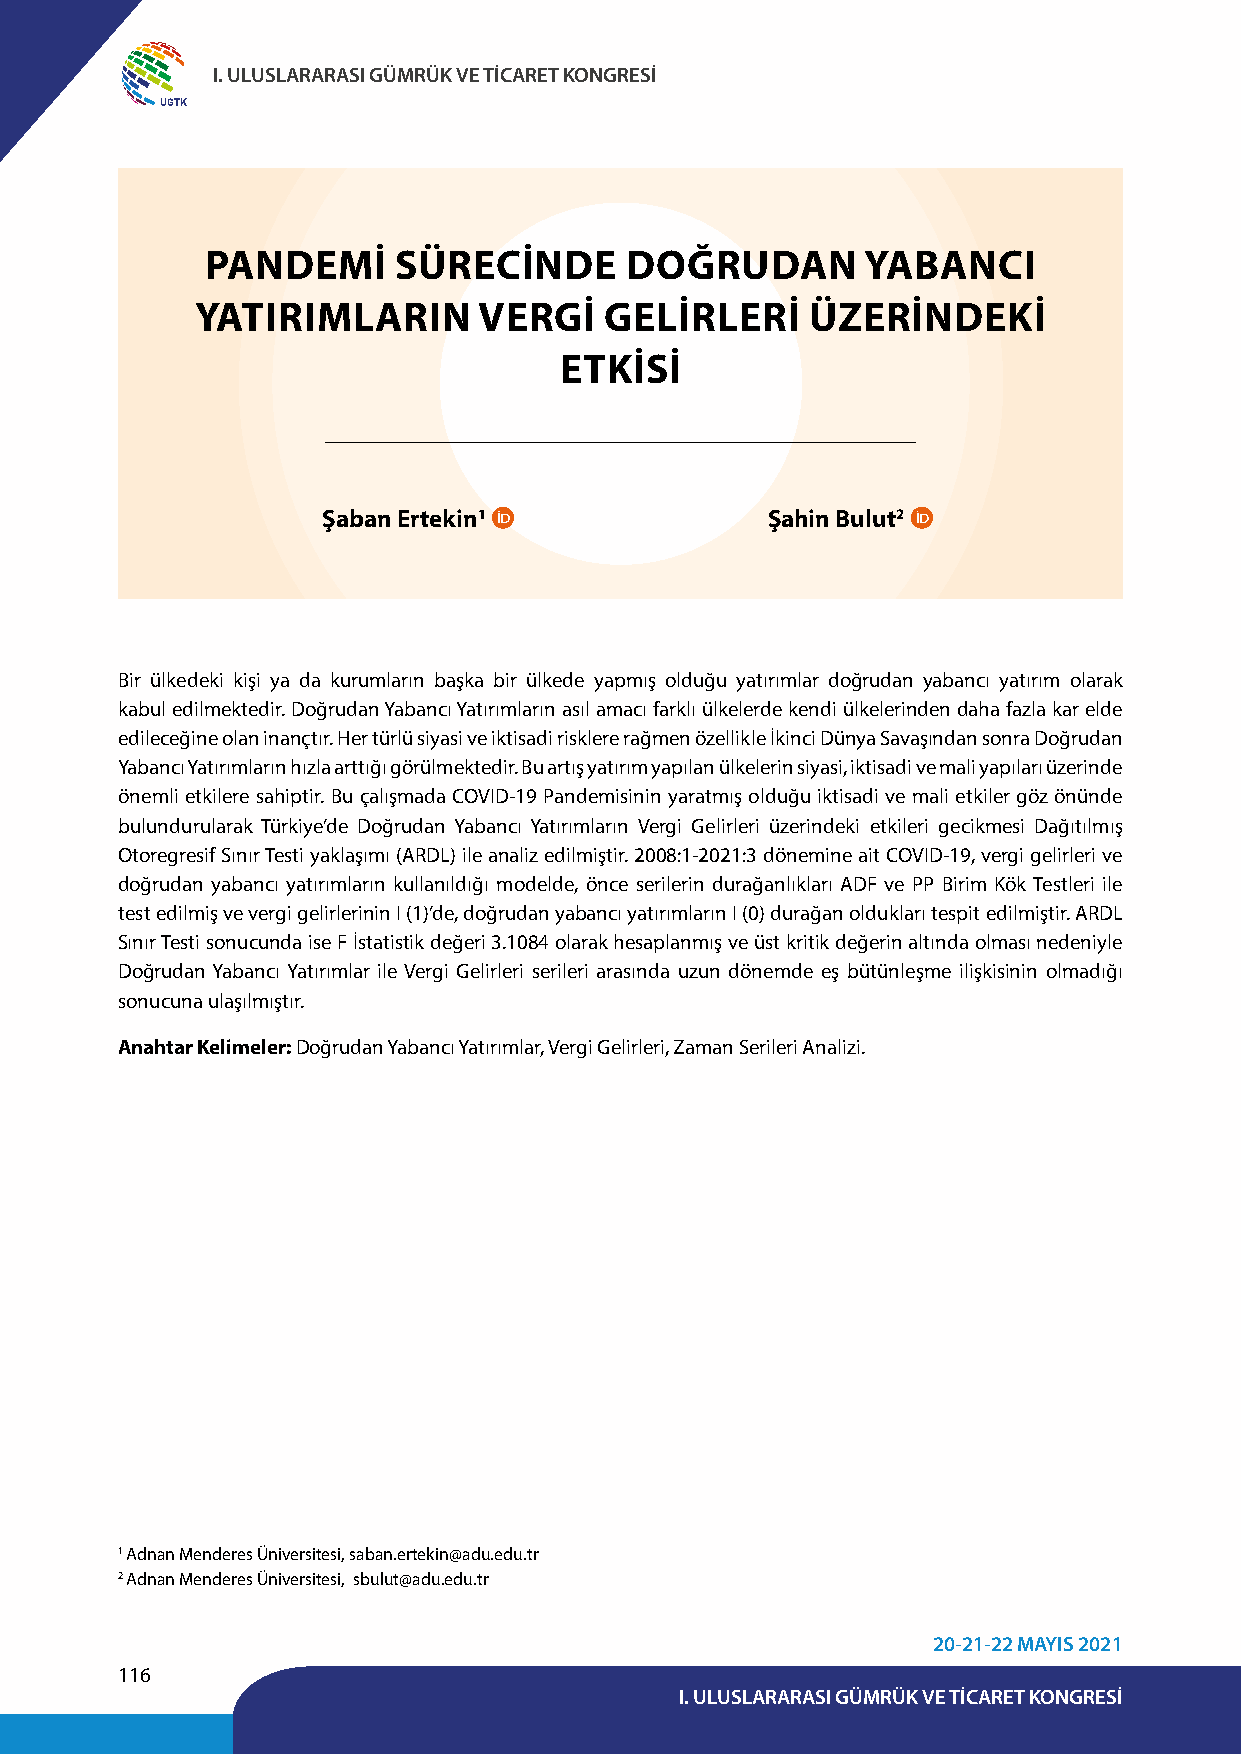
I. ULUSLARARASI GÜMRÜK VE TİCARET KONGRESİ
 UGTK
 PANDEMİ     SÜRECİNDE      DOĞRUDAN        YABANCI
 YATIRIMLARIN       VERGİ   GELİRLERİ     ÜZERİNDEKİ
 ETKİSİ
 Şaban Ertekin1                Şahin Bulut2
 Bir ülkedeki kişi ya da kurumların başka bir ülkede yapmış olduğu yatırımlar doğrudan yabancı yatırım olarak
 kabul edilmektedir. Doğrudan Yabancı Yatırımların asıl amacı farklı ülkelerde kendi ülkelerinden daha fazla kar elde
 edileceğine olan inançtır. Her türlü siyasi ve iktisadi risklere rağmen özellikle İkinci Dünya Savaşından sonra Doğrudan
 Yabancı Yatırımların hızla arttığı görülmektedir. Bu artış yatırım yapılan ülkelerin siyasi, iktisadi ve mali yapıları üzerinde
 önemli etkilere sahiptir. Bu çalışmada COVID-19 Pandemisinin yaratmış olduğu iktisadi ve mali etkiler göz önünde
 bulundurularak Türkiye’de Doğrudan Yabancı Yatırımların Vergi Gelirleri üzerindeki etkileri gecikmesi Dağıtılmış
 Otoregresif Sınır Testi yaklaşımı (ARDL) ile analiz edilmiştir. 2008:1-2021:3 dönemine ait COVID-19, vergi gelirleri ve
 doğrudan yabancı yatırımların kullanıldığı modelde, önce serilerin durağanlıkları ADF ve PP Birim Kök Testleri ile
 test edilmiş ve vergi gelirlerinin I (1)’de, doğrudan yabancı yatırımların I (0) durağan oldukları tespit edilmiştir. ARDL
 Sınır Testi sonucunda ise F İstatistik değeri 3.1084 olarak hesaplanmış ve üst kritik değerin altında olması nedeniyle
 Doğrudan Yabancı Yatırımlar ile Vergi Gelirleri serileri arasında uzun dönemde eş bütünleşme ilişkisinin olmadığı
 sonucuna ulaşılmıştır.
 Anahtar Kelimeler: Doğrudan Yabancı Yatırımlar, Vergi Gelirleri, Zaman Serileri Analizi.
 1 Adnan Menderes Üniversitesi, saban.ertekin@adu.edu.tr
 2 Adnan Menderes Üniversitesi, sbulut@adu.edu.tr
 20-21-22 MAYIS 2021
 116
 I. ULUSLARARASI GÜMRÜK VE TİCARET KONGRESİ